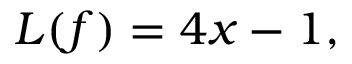
L ( f ) = 4 x - 1 ,